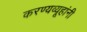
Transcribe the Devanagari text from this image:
करण्यव्यूहांनी